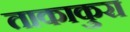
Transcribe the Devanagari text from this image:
ताकाकुरा